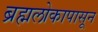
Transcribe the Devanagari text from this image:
ब्रह्मलोकापासून